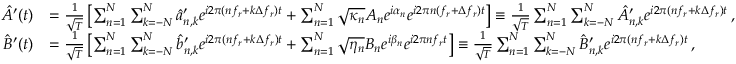
\begin{array} { r l } { \hat { A } ^ { \prime } ( t ) } & { = \frac { 1 } { \sqrt T } \left[ \sum _ { n = 1 } ^ { N } \sum _ { { k } = - N } ^ { N } \hat { a } _ { n , k } ^ { \prime } e ^ { i 2 \pi ( n f _ { r } + { k } \Delta f _ { r } ) t } + \sum _ { n = 1 } ^ { N } \sqrt { \kappa _ { n } } A _ { n } e ^ { i \alpha _ { n } } e ^ { i 2 \pi n ( f _ { r } + \Delta f _ { r } ) t } \right] \equiv \frac { 1 } { \sqrt T } \sum _ { n = 1 } ^ { N } \sum _ { { k } = - N } ^ { N } \hat { A } _ { n , k } ^ { \prime } e ^ { i 2 \pi ( n f _ { r } + k \Delta f _ { r } ) t } \, , } \\ { \hat { B } ^ { \prime } ( t ) } & { = \frac { 1 } { \sqrt T } \left[ \sum _ { n = 1 } ^ { N } \sum _ { { k } = - N } ^ { N } \hat { b } _ { n , k } ^ { \prime } e ^ { i 2 \pi ( n f _ { r } + { k } \Delta f _ { r } ) t } + \sum _ { n = 1 } ^ { N } \sqrt { \eta _ { n } } B _ { n } e ^ { i \beta _ { n } } e ^ { i 2 \pi n f _ { r } t } \right] \equiv \frac { 1 } { \sqrt T } \sum _ { n = 1 } ^ { N } \sum _ { { k } = - N } ^ { N } \hat { B } _ { n , k } ^ { \prime } e ^ { i 2 \pi ( n f _ { r } + k \Delta f _ { r } ) t } \, , } \end{array}